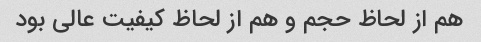
هم از لحاظ حجم و هم از لحاظ کیفیت عالی بود